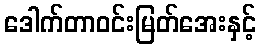
ဒေါက်တာဝင်းမြတ်အေးနှင့်